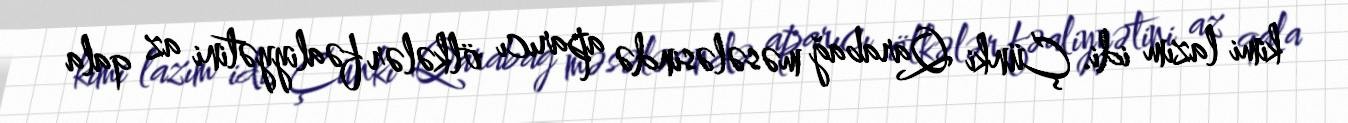
kimi lazım idi. Çünki Qarabağ məsələsində aparıcı ölkələr fəaliyyətini az qala